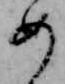
め